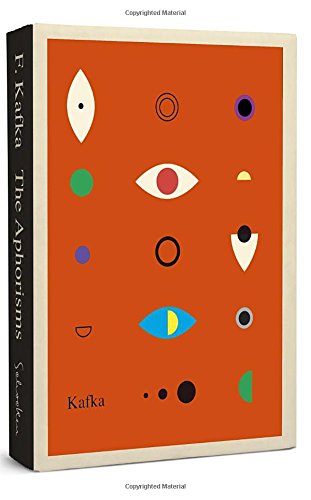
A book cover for Aphorisms (The Schocken Kafka Library); Franz Kafka; Politics & Social Sciences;